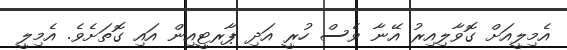
އެމިލީއަށް ގޮވާލިއިރު އޭނާ ވެސް ހުރީ އަދި ޕާރޓީއިން އައި ގޮތަށެވެ. އެމިލީ